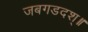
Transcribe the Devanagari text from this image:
जबगडदश्॥